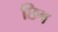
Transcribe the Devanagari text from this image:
छिब